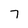
Character: 7